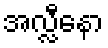
အလ္လီနော